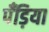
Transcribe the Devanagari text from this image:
पँड़िया